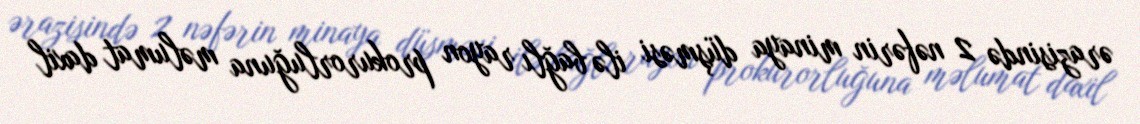
ərazisində 2 nəfərin minaya düşməsi ilə bağlı rayon prokurorluğuna məlumat daxil